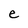
Character: e